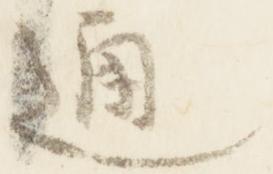
通